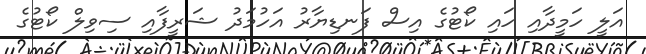
އަލީ ހަމީދާއި ހައި ކޯޓުގެ އިސް ފަނޑިޔާރު އަހުމަދު ޝަރީފާއި ސިވިލް ކޯޓުގެ